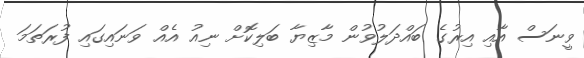
ވީނަސް އާއި އިރުގެ ބައްދަލުވުން މާޒިޔާ ބަލިކޮށް ނިއު އެއް ވަނައިގައި ފުރަތަމަ